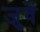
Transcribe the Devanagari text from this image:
जुवें